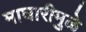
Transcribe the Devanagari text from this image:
माघारीमुळे